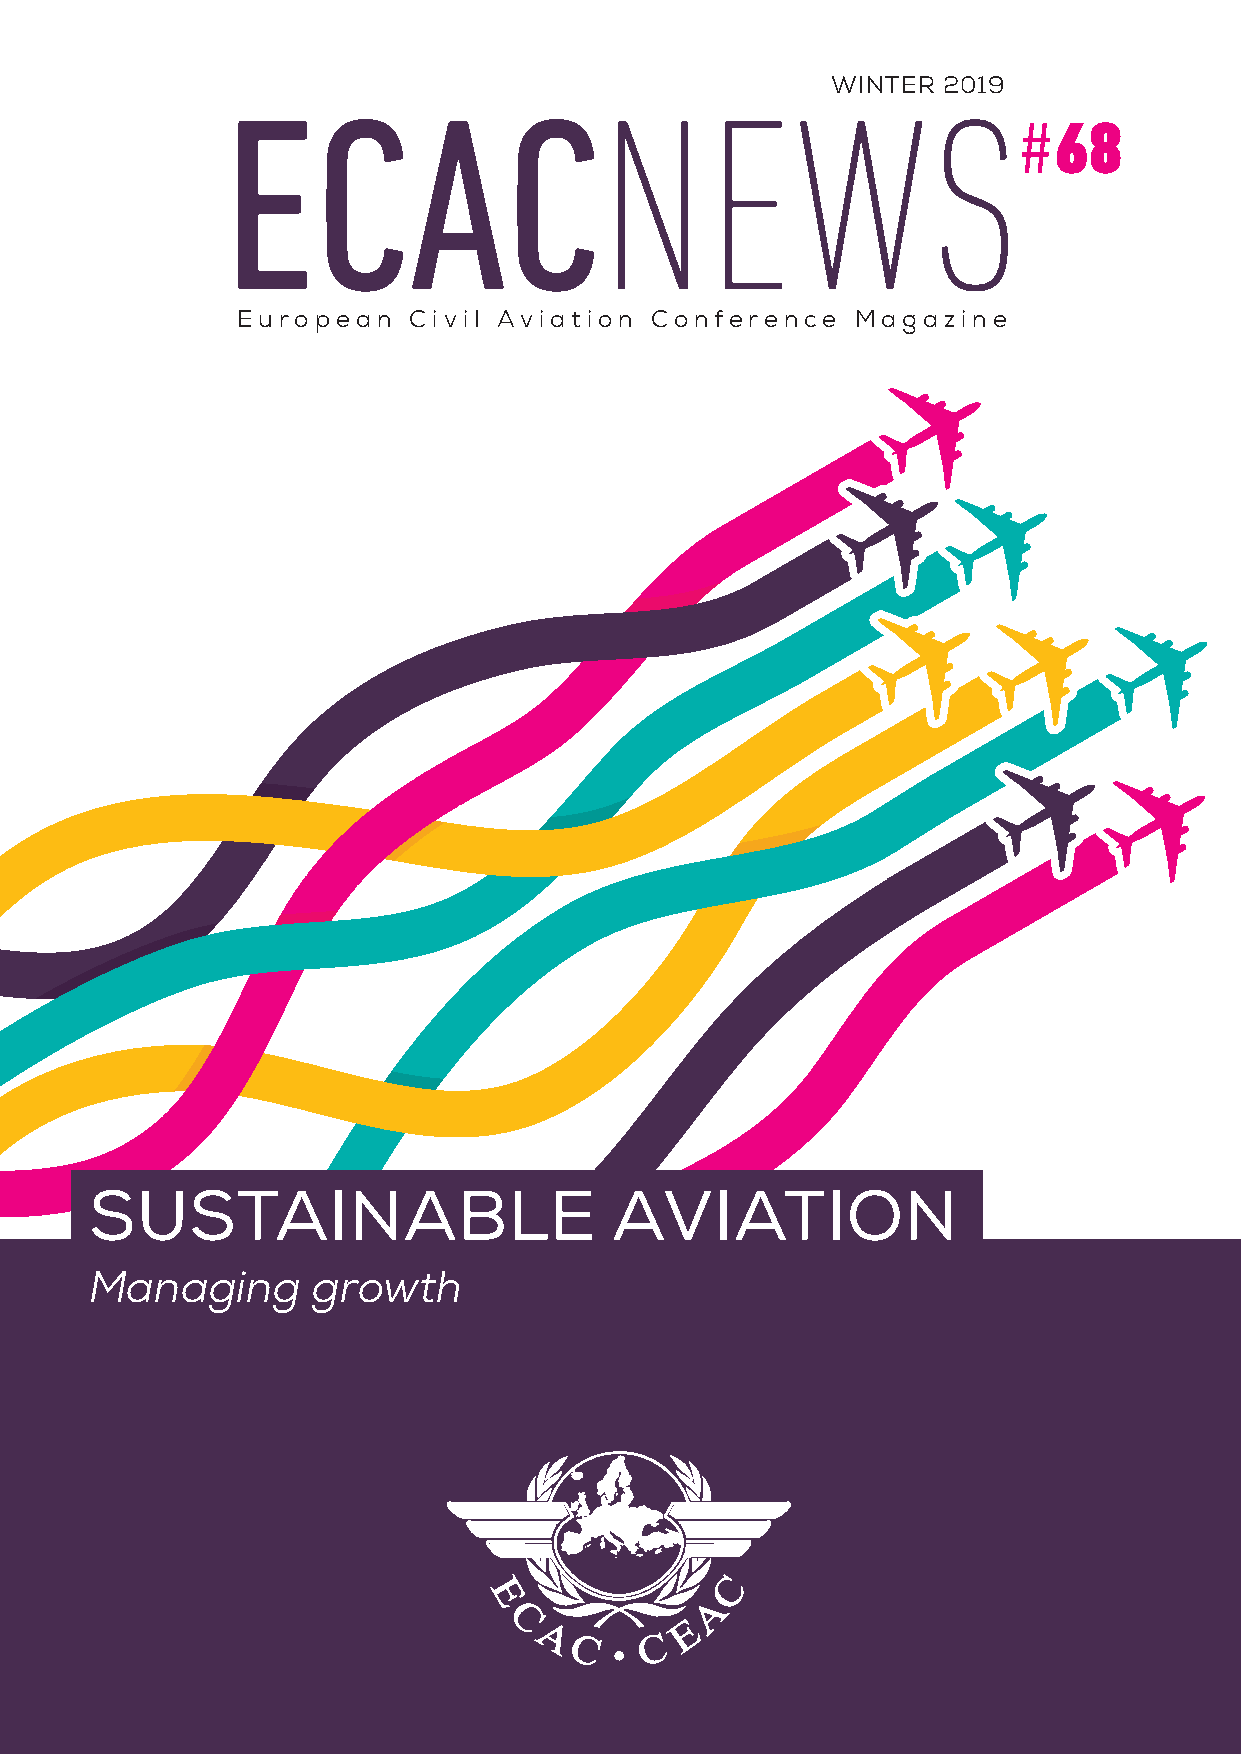
WINTER 2019
 ECACNEWS
 #68
 European   Civil Aviation  Conference    Magazine
 SUSTAINABLE                       AVIATION
 Managing       growth